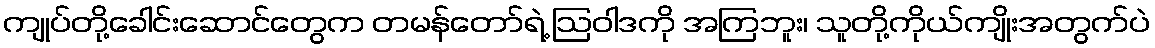
ကျုပ်တို့ခေါင်းဆောင်တွေက တမန်တော်ရဲ့ ဩဝါဒကို အကြဘူး၊ သူတို့ကိုယ်ကျိုးအတွက်ပဲ